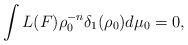
LaTeX: \begin{gather*}\int L(F)\rho_0^{-n}\delta_1(\rho_{0})d\mu_0=0,\end{gather*}